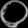
Digit: ၀